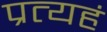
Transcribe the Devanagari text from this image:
प्रत्यहं